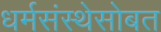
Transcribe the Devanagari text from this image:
धर्मसंस्थेसोबत